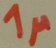
Text: 1µ